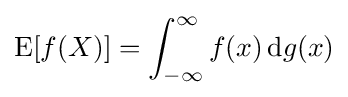
\operatorname {E} [f(X)]=\int _{-\infty }^{\infty }f(x)\,\mathrm {d} g(x)